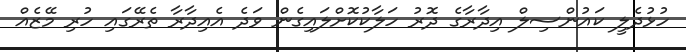
ހުޅުދެލީ ކައުންސިލް އިދާރާގެ ދޮރު ހަލާކުކޮށްލައިގެން ވަދެ އެއިދާރާ ތެރޭގައި ހުރި މޭޒެއް